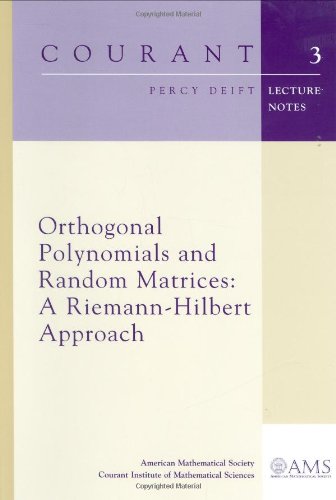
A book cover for Orthogonal Polynomials and Random Matrices: A Riemann-Hilbert Approach (Courant Lecture Notes); Percy Deift; Science & Math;